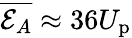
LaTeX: \overline{{\mathcal{E}_{A}}}\approx 36U_{\mathrm{p}}